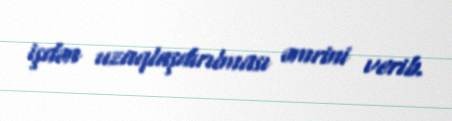
işdən uzaqlaşdırılması əmrini verib.